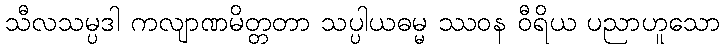
သီလသမ္ပဒါ ကလျာဏမိတ္တတာ သပ္ပါယဓမ္မ ဿဝန ဝီရိယ ပညာဟူသော